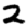
Digit: 2